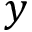
y